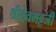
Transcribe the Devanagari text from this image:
श्रीदेवभट्टजी